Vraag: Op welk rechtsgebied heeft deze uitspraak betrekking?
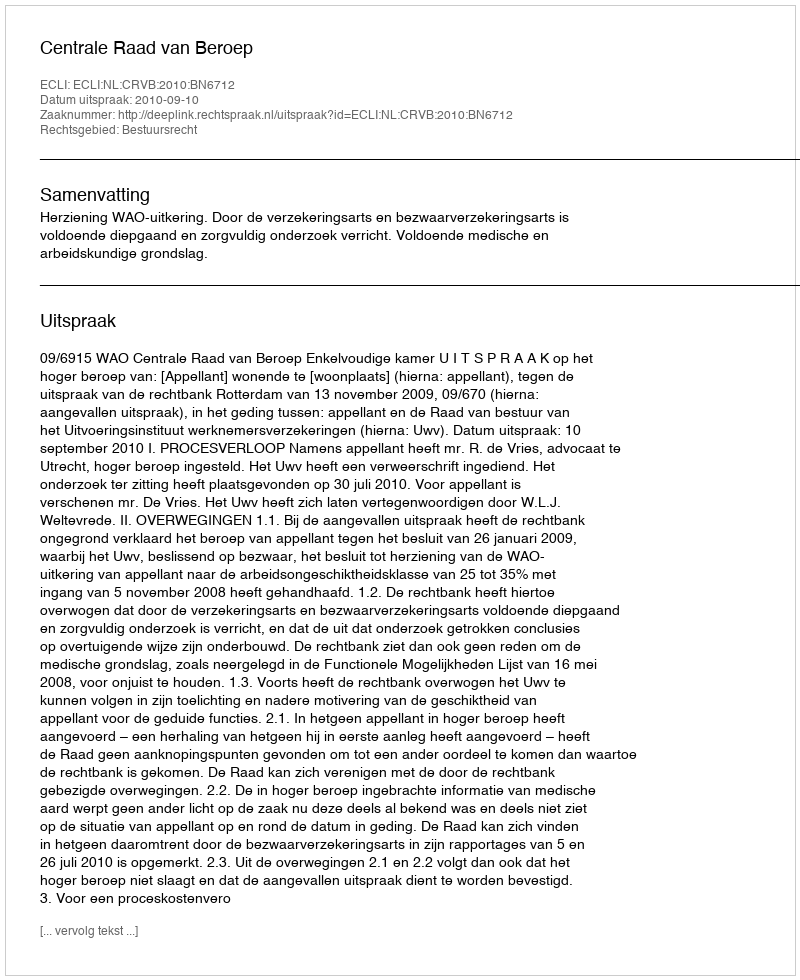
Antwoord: Bestuursrecht